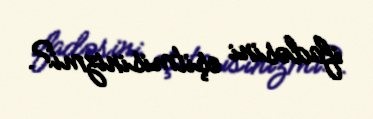
ifadəsini eşitmisinizmi?.